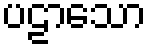
ပဠာသော